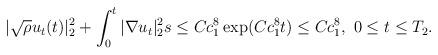
LaTeX: \begin{align*}|\sqrt{\rho}u_t(t)|^2_2 +\int_{0}^{t}|\nabla u_t|^2_{2}s\leq Cc^{8}_1\exp(Cc^{8}_1t)\leq Cc^{8}_1,\ 0 \leq t \leq T_2.\end{align*}